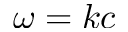
\omega = k c